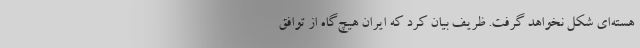
هسته‌ای شکل نخواهد گرفت. ظریف بیان کرد که ایران هیچ‌گاه از توافق